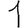
Digit: 1